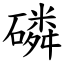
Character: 磷